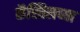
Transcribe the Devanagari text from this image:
कॅस्तिलच्या